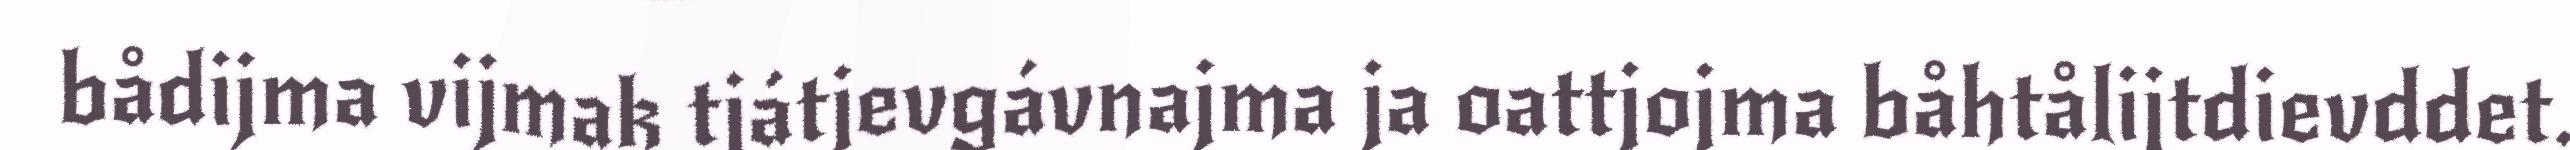
bådijma vijmak tjátjevgávnajma ja oattjojma båhtålijtdievddet.